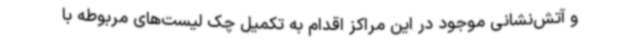
و آتش‌نشانی موجود در این مراکز اقدام به تکمیل چک لیست‌های مربوطه با